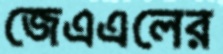
জেএএলের